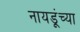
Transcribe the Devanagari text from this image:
नायडूंच्या